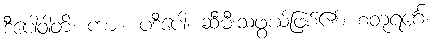
ဒီပေါဝါတိ၊ ကား။ ပဒီပေါ၊ ဆီမီးသဖွယ်ဖြစ်၏။ စတုရင်္ဂေ၊